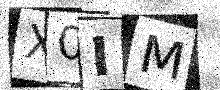
Text: X0IM